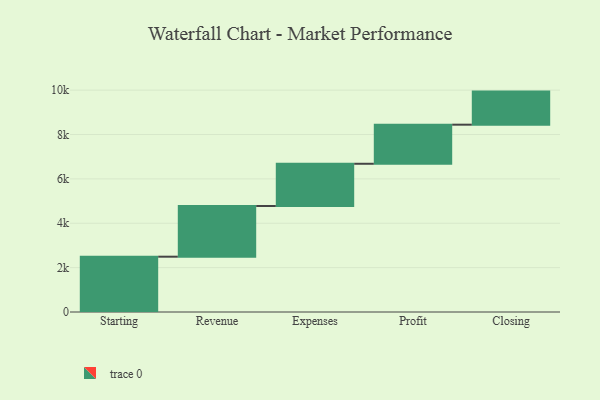
{"axis": {"x": "Step", "y": "Value"}, "legend": [""], "data": [{"x": "Starting", "y": 2493.0, "type": ""}, {"x": "Revenue", "y": 2285.0, "type": ""}, {"x": "Expenses", "y": 1904.0, "type": ""}, {"x": "Profit", "y": 1762.0, "type": ""}, {"x": "Closing", "y": 1491.0, "type": ""}]}